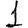
Digit: 1